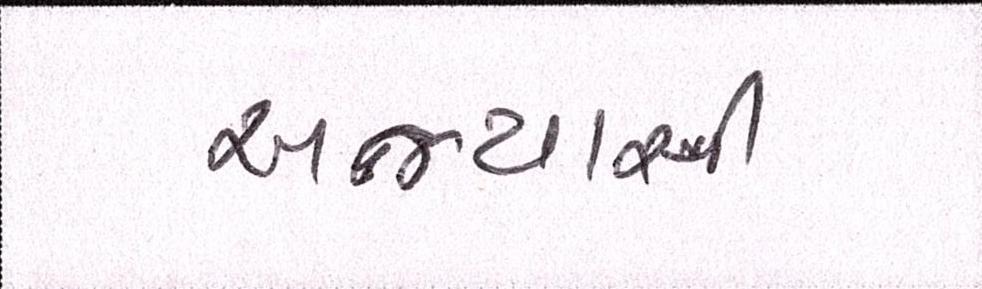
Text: અભ્યાસી